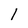
Character: 1